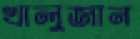
খালুজান